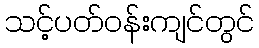
သင့်ပတ်ဝန်းကျင်တွင်